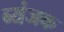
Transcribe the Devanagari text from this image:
ब्यंजक